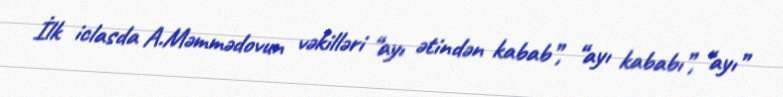
İlk iclasda A.Məmmədovun vəkilləri “ayı ətindən kabab”, “ayı kababı”, “ayı”